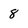
Character: 8